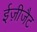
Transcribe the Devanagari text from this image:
ईज़ीजैट